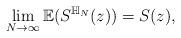
LaTeX: \begin{align*}\lim_{N\rightarrow\infty}{\mathbb{E}}(S^{\mathbb{H}_{N}}(z))=S(z),\end{align*}